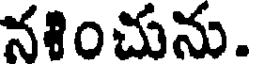
నశించును.